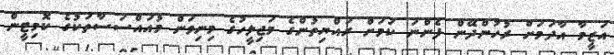
އަޒީމާ އާދަމަށް ރުހުންދޭން ފެންނަ ކަމަށް ރައްޔިތުންގެ މަޖިލީހުގެ މިނިވަން މުއައްސަސާތަކުގެ ކޮމިޓީން